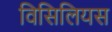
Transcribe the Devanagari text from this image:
विसिलियस